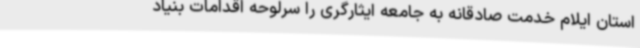
استان ایلام خدمت صادقانه به جامعه ایثارگری را سرلوحه اقدامات بنیاد